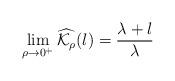
LaTeX: \begin{align*}\lim_{\rho\to0^+}\widehat{\mathcal K_\rho}(l)=\frac{\lambda+l}{\lambda}\end{align*}